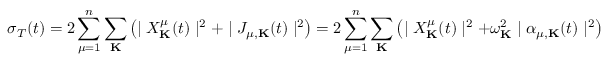
\sigma _ { T } ( t ) = 2 \sum _ { \mu = 1 } ^ { n } \sum _ { \bf K } \left( \mid X _ { \bf K } ^ { \mu } ( t ) \mid ^ { 2 } + \mid J _ { \mu , { \bf K } } ( t ) \mid ^ { 2 } \right) = 2 \sum _ { \mu = 1 } ^ { n } \sum _ { \bf K } \left( \mid X _ { \bf K } ^ { \mu } ( t ) \mid ^ { 2 } + \omega _ { \bf K } ^ { 2 } \mid \alpha _ { \mu , { \bf K } } ( t ) \mid ^ { 2 } \right)